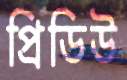
প্রিডিউ